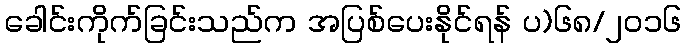
ခေါင်းကိုက်ခြင်းသည်က အပြစ်ပေးနိုင်ရန် ပ)၆၈/၂၀၁၆